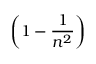
\left( 1 - { \frac { 1 } { n ^ { 2 } } } \right)